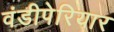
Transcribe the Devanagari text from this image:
वंडीपेरियार